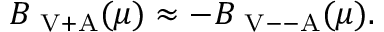
B _ { \mathrm { { \scriptsize ~ V + A } } } ( \mu ) \approx - B _ { \mathrm { { \scriptsize ~ V - - A } } } ( \mu ) .